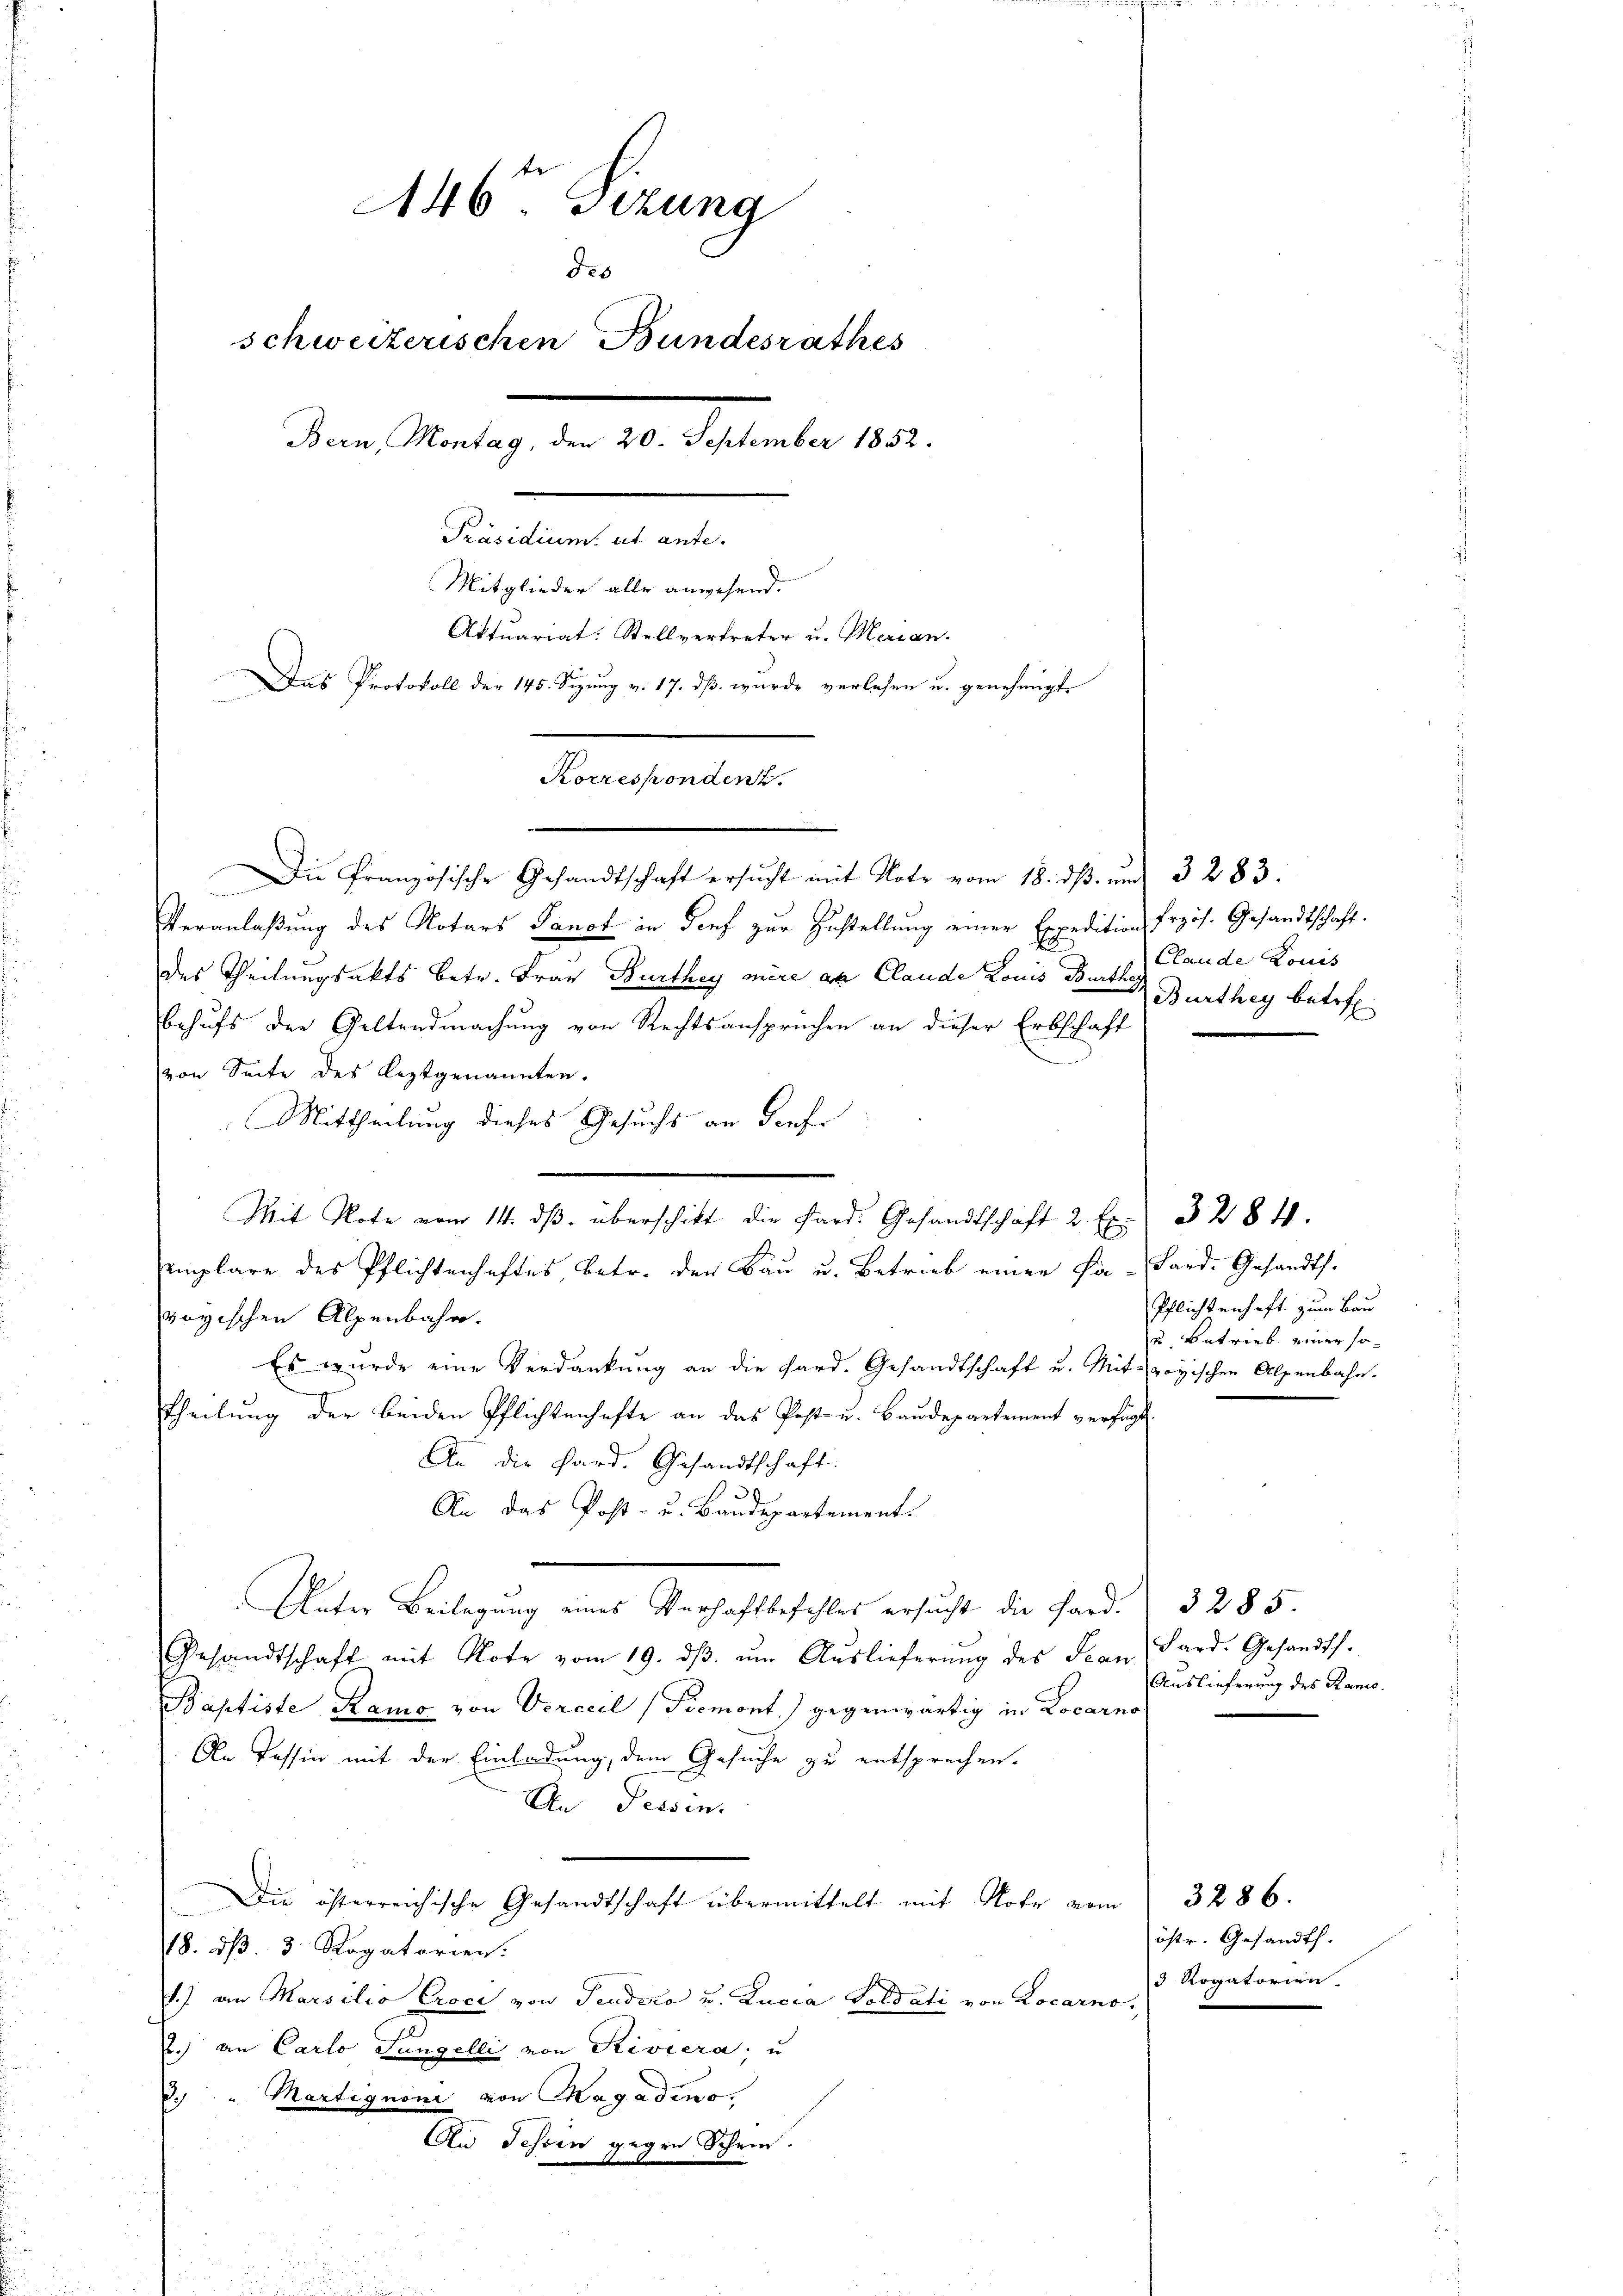
446 Sizung
des
schweizerischen Bundesrathes
Dem Montag, den 20. September 1890.
Präsidium ut ante.
Mitglieder alle anwesend.
Aktuariat. Stellvertreter u. Merian.
Das Protokoll der 145. Sezung v. 17. dß wurde verlesen u. genehmigt.

Korrespondenz.
Die Französische Gesandtschaft ersucht mit Note vom 18. ds. und 3283.

Veranlaßung des Notars Panot in Genf zur Zustellung einer Expeditions Przös. Gesandtschaft.
5
des Theilungsakts betr. Frau Burthey mire an Claude Louis Bartha Burthey betref
behufs der Geltendmachung von Rechtsansprüchen an dieser Erbschaft
von Seite des leztgenannten.
Mittheilung dieses Gesuchs an darf.
emplare des Pflichtenhaftes betr. der Bau u. Betrieb einer Fa-Lard. Gesandts.
voyischen Alpenbahn.
Es wurde eine Verdankung an die Sard. Gesandtschaft u. Mit-voyischen Alpenbahn.
theilung der beiden Pflichtenhafte an das Post- u. Baudepartement verfügt.
An die Pard. Gesandtschaft
An das Post- u. Baudepartement.
e
Unter Beilagung eines Verhaftbefehles ersucht die Sard.
Gesandtschaft mit Note vom 19. dβ. ŭm Aŭslieferŭng des Stan, Lard. Gesandts.
Baptiste Raura von Verccil (Piemont) gegenwärtig in Locarno
An Tessin mit der Einladung, dem Gesuche zu entsprechen.
An Tessin.
Die österreichische Gesandtschaft übermittelt mit Note vom
118. dß. 3 Rogatorien.
1.) an Marsilio Croci von Tendero u. Lucia Goldati von Locarno,
2.) an Carlo Sangelli von Riviera, u
3. " Martignoni von Magadino
An Jessen gegen Schein.

Mit Note vom 14. dβ überschikt die Pard. Gesandtschaft 2. Ex. 328 41.

Claude Louis

Pflichtenhaft zum Bau
u. Betrieb einer so¬

3285.
Auslieferung des Ramo.

3286.
östr. Gesandth.
 Rogatorien